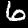
Label: 6